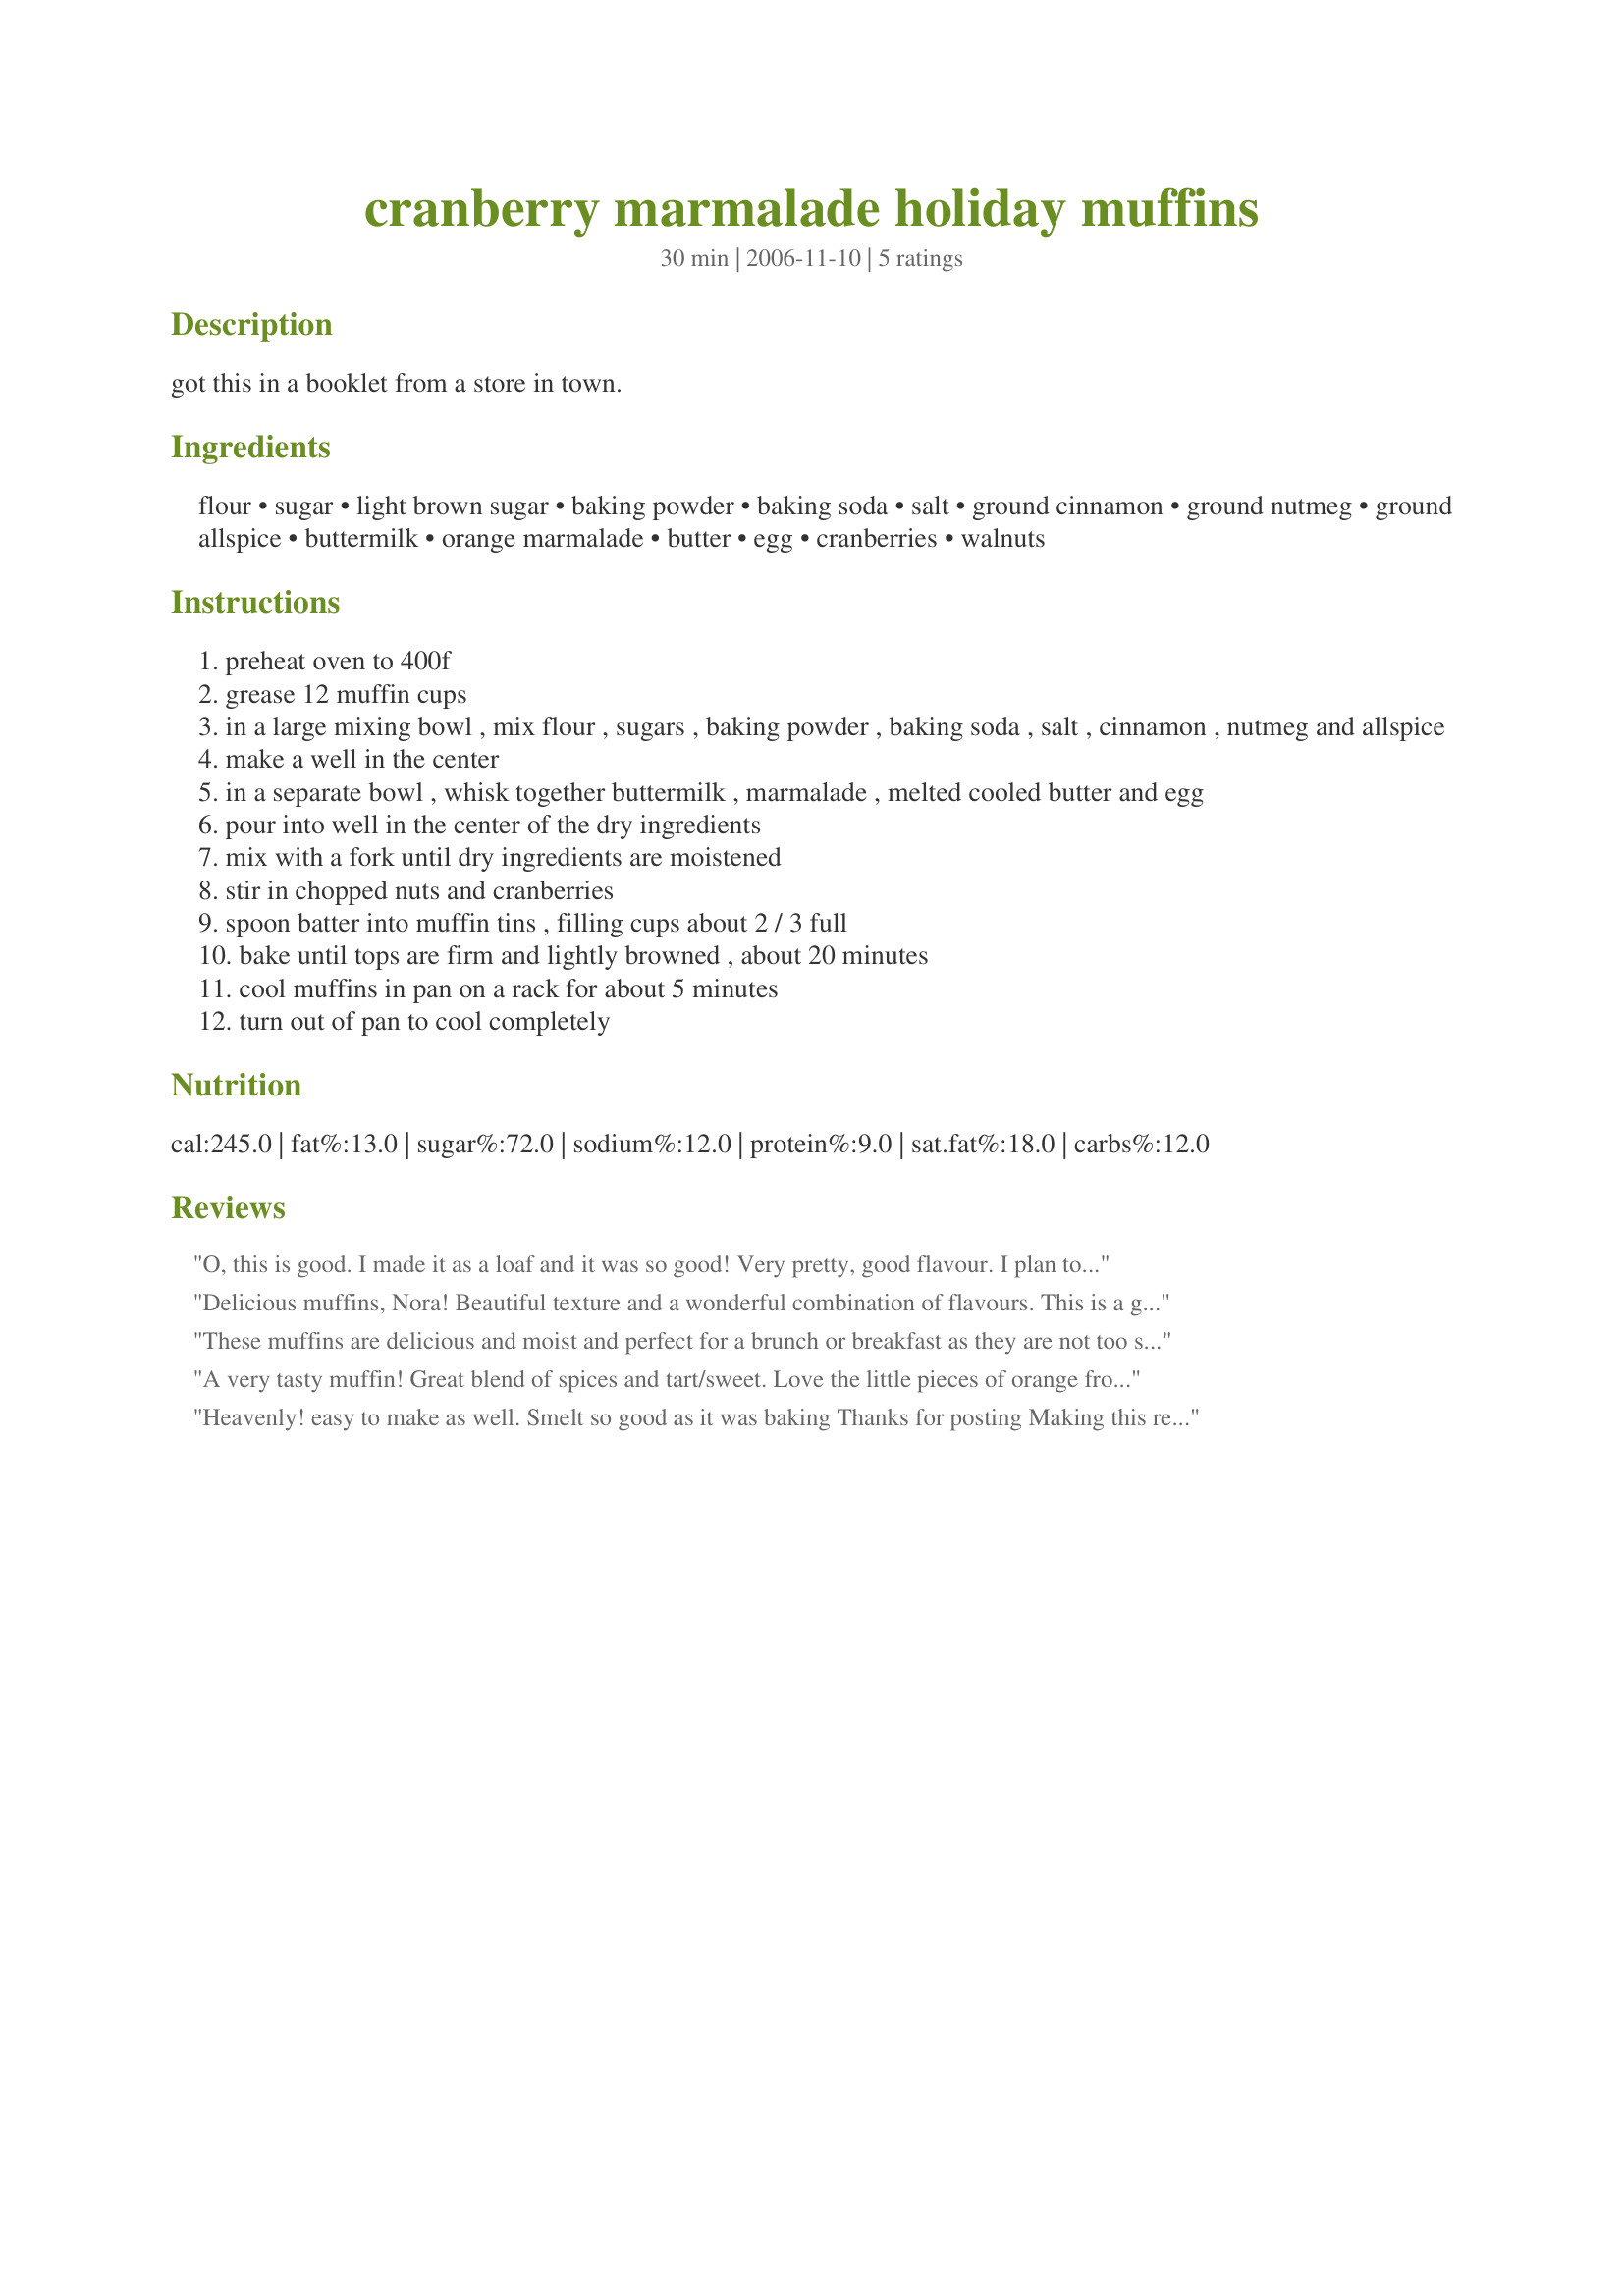
cranberry marmalade holiday muffins
Preparation time: 30 minutes

got this in a booklet from a store in town.

Ingredients:
flour, sugar, light brown sugar, baking powder, baking soda, salt, ground cinnamon, ground nutmeg, ground allspice, buttermilk, orange marmalade, butter, egg, cranberries, walnuts

Steps:
preheat oven to 400f
grease 12 muffin cups
in a large mixing bowl , mix flour , sugars , baking powder , baking soda , salt , cinnamon , nutmeg and allspice
make a well in the center
in a separate bowl , whisk together buttermilk , marmalade , melted cooled butter and egg
pour into well in the center of the dry ingredients
mix with a fork until dry ingredients are moistened
stir in chopped nuts and cranberries
spoon batter into muffin tins , filling cups about 2 / 3 full
bake until tops are firm and lightly browned , about 20 minutes
cool muffins in pan on a rack for about 5 minutes
turn out of pan to cool completely

Reviews:
O, this is good. I made it as a loaf and it was so good! Very pretty, good flavour. I plan to make it again and use it on my gift trays. Thank you.<br/>Made of the Cookaton in memory of Nora's DH.
Delicious muffins, Nora! Beautiful texture and a wonderful combination of flavours. This is a great way to use up leftover marmalade and like a previous reviewer, I would like to try this recipe as a loaf.
These muffins are delicious and moist and perfect for a brunch or breakfast as they are not too sweet and they are full of good taste... and good cranberries!! Thanks NoraMarie - will make them again soon!! I used frozen cranberries and they turned out great!
A very tasty muffin! Great blend of spices and tart/sweet. Love the little pieces of orange from the marmalade. I used frozen cranberries too. No need to thaw them, just chop them in the mini-processor. I am going to try this as a loaf next time.
Heavenly! easy to make as well. Smelt so good as it was baking Thanks for posting Making this recipe again but I dont have marmalade but I will find something else to use. I just received 2 bags of fresh cranberries and want to bake something great with them. When I picked this recipe I forgot I made it lol, wasnt till I read the reviews I saw I had made it before.
